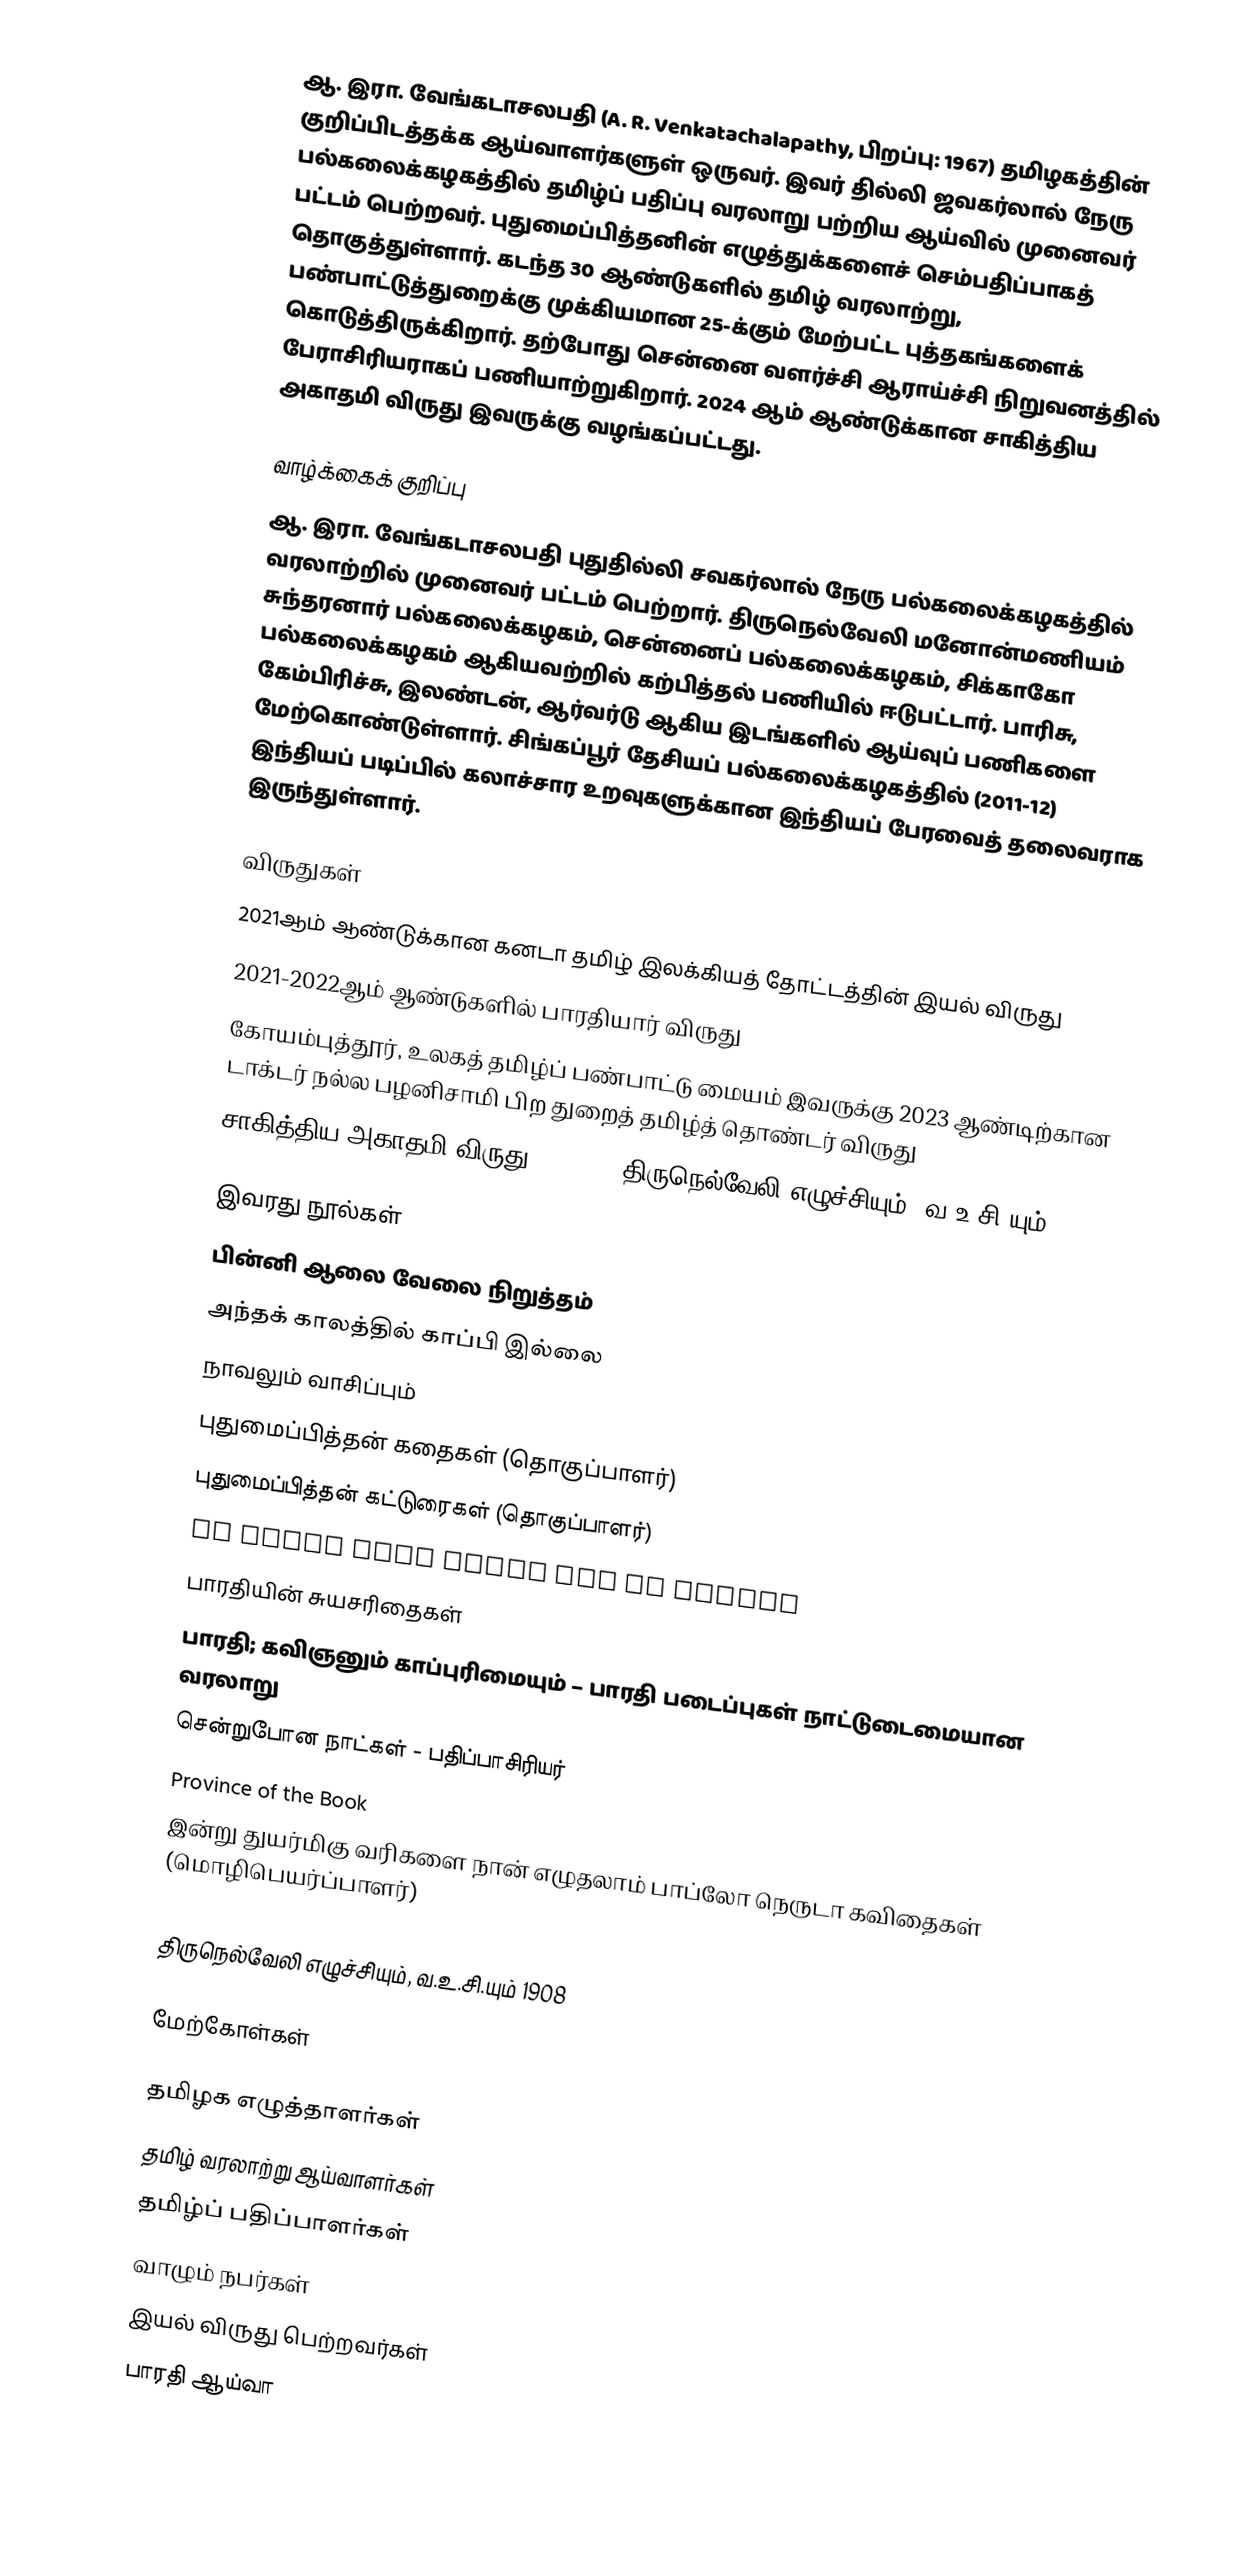
ஆ. இரா. வேங்கடாசலபதி (A. R. Venkatachalapathy, பிறப்பு: 1967) தமிழகத்தின் குறிப்பிடத்தக்க ஆய்வாளர்களுள் ஒருவர். இவர் தில்லி ஜவகர்லால் நேரு பல்கலைக்கழகத்தில் தமிழ்ப் பதிப்பு வரலாறு பற்றிய ஆய்வில் முனைவர் பட்டம் பெற்றவர். புதுமைப்பித்தனின் எழுத்துக்களைச் செம்பதிப்பாகத் தொகுத்துள்ளார்.  கடந்த 30 ஆண்டுகளில் தமிழ் வரலாற்று, பண்பாட்டுத்துறைக்கு முக்கியமான 25-க்கும் மேற்பட்ட புத்தகங்களைக் கொடுத்திருக்கிறார். தற்போது சென்னை வளர்ச்சி ஆராய்ச்சி நிறுவனத்தில் பேராசிரியராகப் பணியாற்றுகிறார். 2024 ஆம் ஆண்டுக்கான சாகித்திய அகாதமி விருது இவருக்கு வழங்கப்பட்டது.

வாழ்க்கைக் குறிப்பு
ஆ. இரா. வேங்கடாசலபதி புதுதில்லி சவகர்லால் நேரு பல்கலைக்கழகத்தில் வரலாற்றில் முனைவர் பட்டம் பெற்றார். திருநெல்வேலி மனோன்மணியம் சுந்தரனார் பல்கலைக்கழகம், சென்னைப் பல்கலைக்கழகம், சிக்காகோ பல்கலைக்கழகம் ஆகியவற்றில் கற்பித்தல் பணியில் ஈடுபட்டார். பாரிசு, கேம்பிரிச்சு, இலண்டன், ஆர்வர்டு ஆகிய இடங்களில் ஆய்வுப் பணிகளை மேற்கொண்டுள்ளார். சிங்கப்பூர் தேசியப் பல்கலைக்கழகத்தில் (2011-12) இந்தியப் படிப்பில் கலாச்சார உறவுகளுக்கான இந்தியப் பேரவைத் தலைவராக இருந்துள்ளார்.

விருதுகள்
 2021ஆம் ஆண்டுக்கான கனடா தமிழ் இலக்கியத் தோட்டத்தின் இயல் விருது
 2021-2022ஆம் ஆண்டுகளில் பாரதியார் விருது
 கோயம்புத்தூர், உலகத் தமிழ்ப் பண்பாட்டு மையம் இவருக்கு 2023 ஆண்டிற்கான டாக்டர் நல்ல பழனிசாமி பிற துறைத் தமிழ்த் தொண்டர் விருது
  சாகித்திய அகாதமி விருது, 2024 - (திருநெல்வேலி எழுச்சியும், வ.உ.சி.யும் 1908)

இவரது நூல்கள்
 பின்னி ஆலை வேலை நிறுத்தம்
 அந்தக் காலத்தில் காப்பி இல்லை
 நாவலும் வாசிப்பும்
 புதுமைப்பித்தன் கதைகள் (தொகுப்பாளர்)
 புதுமைப்பித்தன் கட்டுரைகள் (தொகுப்பாளர்)
 In Those Days There Was No Coffee
 பாரதியின் சுயசரிதைகள்
 பாரதி; கவிஞனும் காப்புரிமையும் – பாரதி படைப்புகள் நாட்டுடைமையான வரலாறு
 சென்றுபோன நாட்கள் - பதிப்பாசிரியர்
  Province of the Book
  இன்று துயர்மிகு வரிகளை நான் எழுதலாம் பாப்லோ நெருடா கவிதைகள் (மொழிபெயர்ப்பாளர்)
 Chennai not Madras
 திருநெல்வேலி எழுச்சியும், வ.உ.சி.யும் 1908

மேற்கோள்கள்

தமிழக எழுத்தாளர்கள்
தமிழ் வரலாற்று ஆய்வாளர்கள்
தமிழ்ப் பதிப்பாளர்கள்
வாழும் நபர்கள்
இயல் விருது பெற்றவர்கள்
பாரதி ஆய்வா